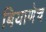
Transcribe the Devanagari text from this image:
बियाणेच